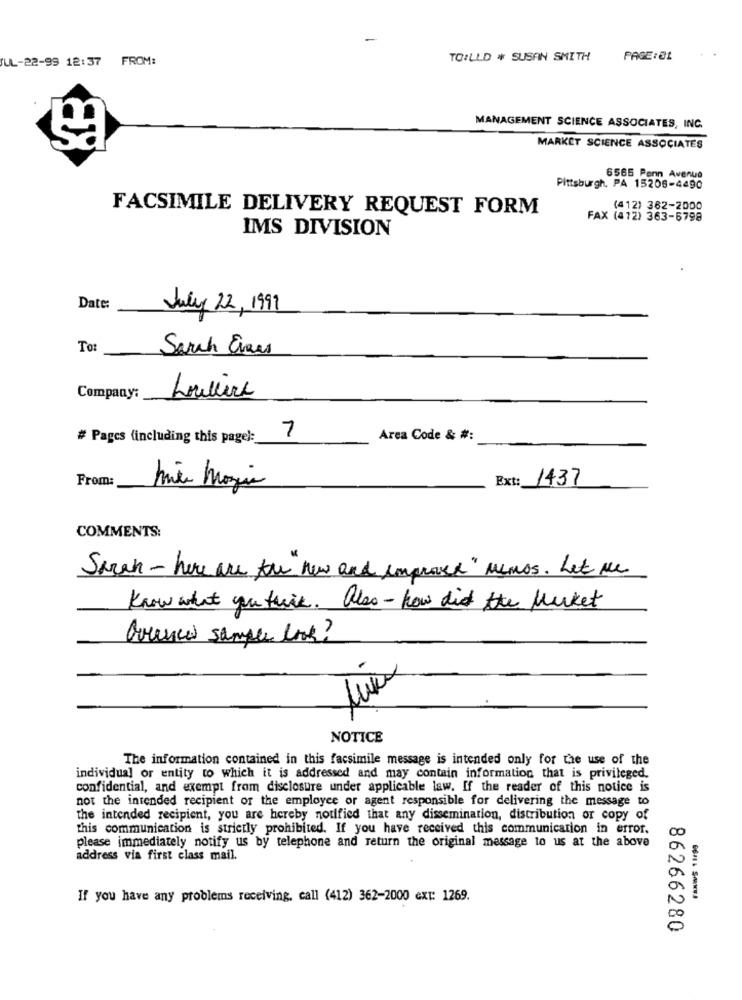
UL-22-99 12:37 FROM:
TOILLD * SUSAN SMITH
PAGE:01
MANAGEMENT SCIENCE ASSOCIATES, INC.
MARKET SCIENCE ASSOCIATES
6565 Penn Avenue
Pittsburgh, PA 15206-4490
FACSIMILE DELIVERY REQUEST FORM
(412) 362-2000
FAX (412) 363-5798
IMS DIVISION
Date:
July 22, 1999
To:
Sarch Eines
Company:
Lullire
7
# Pages (including this page):
Area Code & #:
From:
Ext: 1437
Mite Mozia
COMMENTS:
Sarah - here are the new and improved " menos. Let me
Know what you think. Also - how did the Market
Grances sample look?
NOTICE
The information contained in this facsimile message is intended only for the use of the
individual or entity to which it is addressed and may contain information that is privileged.
confidential, and exempt from disclosure under applicable law. If the reader of this notice is
not the intended recipient or the employee or agent responsible for delivering the message to
the intended recipient, you are hereby notified that any dissemination, distribution or copy of
this communication is strictly prohibited. If you have received this communication in error.
please immediately notify us by telephone and return the original message to us at the above
address via first class mail.
If you have any problems receiving. call (412) 362-2000 ext: 1269.
-- )
86266280